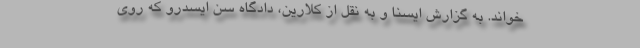
خواند. به گزارش ایسنا و به نقل از کلارین، دادگاه سن ایسدرو که روی